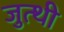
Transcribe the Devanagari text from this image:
जुत्थी